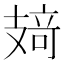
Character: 𰕂